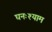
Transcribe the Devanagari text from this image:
घनःश्याम